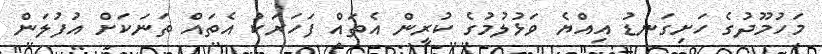
މަހުމޫދުގެ ހަށިގަނޑު އިއްޔެ ވަޅުލުމުގެ ކުރީން އެތައް ފަހަރަކު އެތައް ތަނަކަށް އުފުލަން